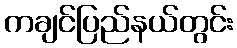
ကချင်ပြည်နယ်တွင်း